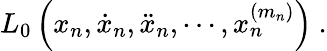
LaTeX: L_{0}\left(x_{n},\dot{x}_{n},\ddot{x}_{n},\cdots,x_{n}^{(m_{n})}\right)\ .